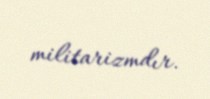
militarizmdır.